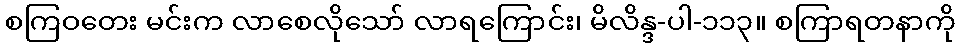
စကြဝတေး မင်းက လာစေလိုသော် လာရကြောင်း၊ မိလိန္ဒ-ပါ-၁၁၃။ စကြာရတနာကို